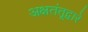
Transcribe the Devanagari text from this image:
अक्षतंतूद्वारे